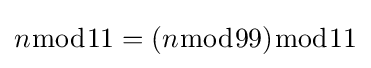
n{\bmod {1}}1=(n{\bmod {9}}9){\bmod {1}}1